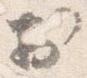
於